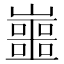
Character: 𡾙